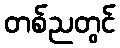
တစ်ညတွင်